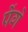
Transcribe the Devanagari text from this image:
पेंगे